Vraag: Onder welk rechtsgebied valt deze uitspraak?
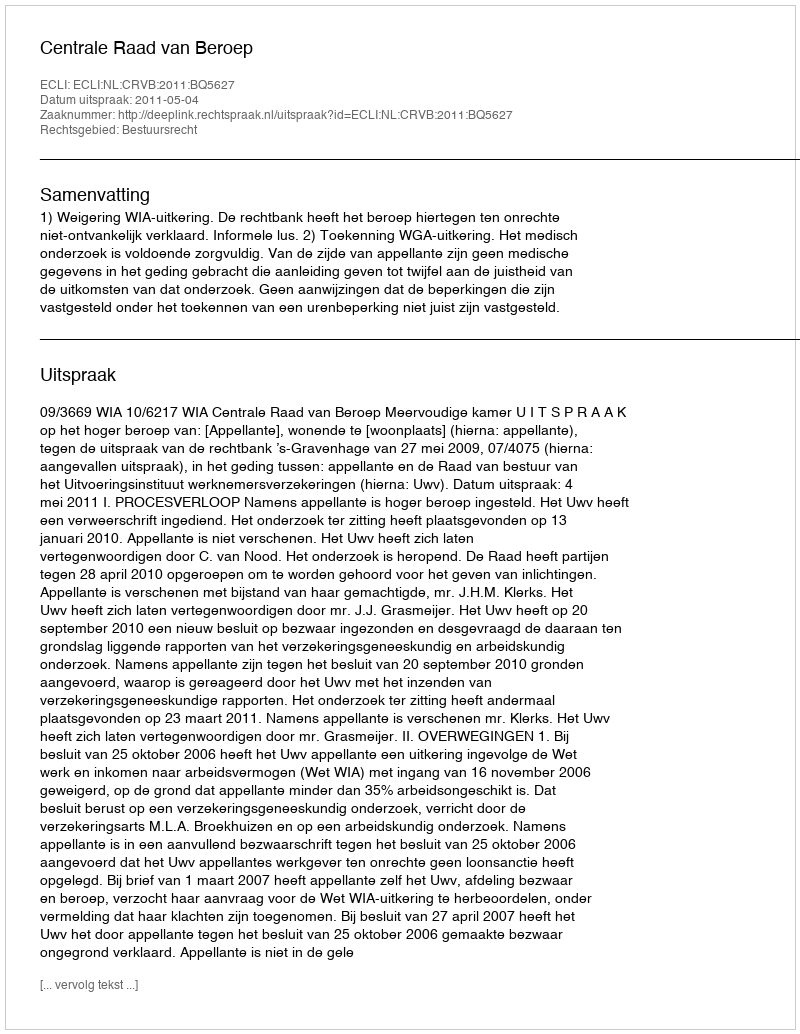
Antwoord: Bestuursrecht